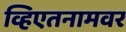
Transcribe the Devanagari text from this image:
व्हिएतनामवर